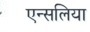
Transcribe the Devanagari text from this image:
एन्सलिया